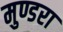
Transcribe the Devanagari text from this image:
मुण्डरा